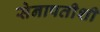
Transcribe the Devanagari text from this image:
सेनापतीशी